Vabadussoja_Ajaloo_Komitee, lk 14
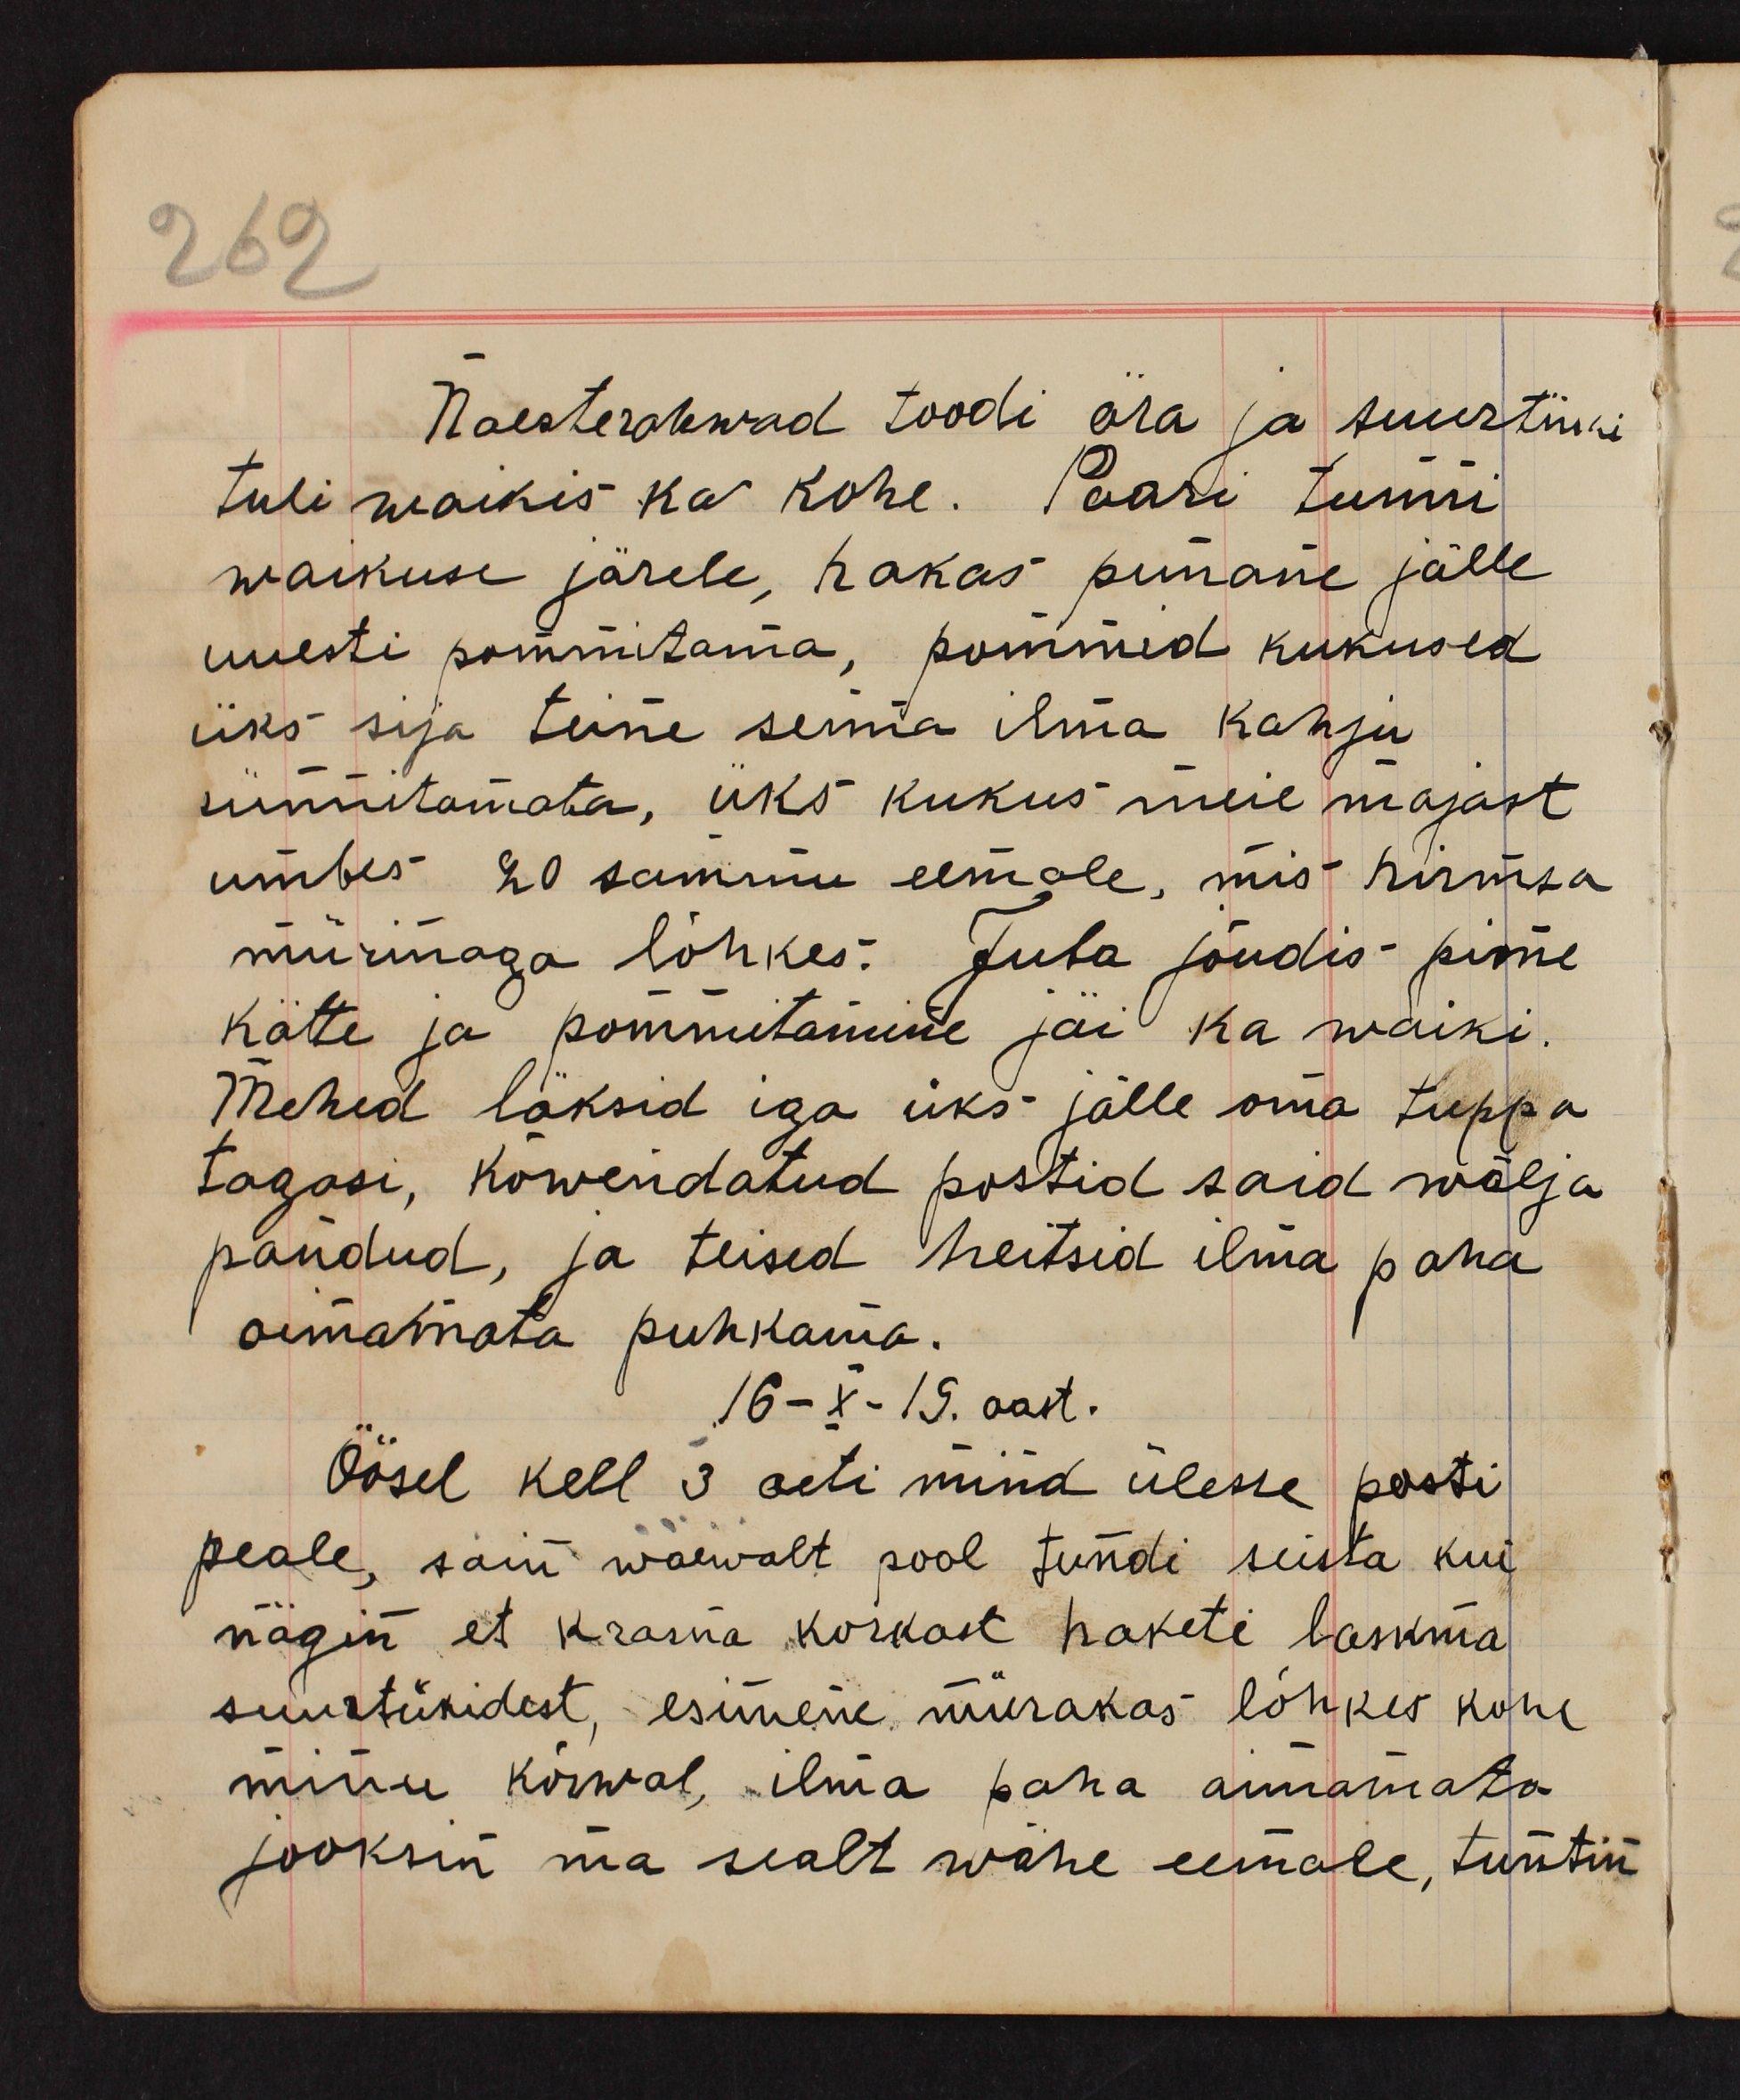
Naesterahwad toodi ära ja suurtüki
tuli waikis ka kohe. Paari tunni
waikuse järele, hakas punane jälle
uuesti pommitama, pommid kukusid
üks sija teine senna ilma kahju
sünnitamata, üks kukus meie majast
umbes 20 sammu eemale, mis hirmsa
mürinaga lõhkes; Juba jõudis pime
kätte ja pommitamine jäi ka waiki.
Mehed läksid iga üks jälle oma tuppa
tagasi, kõwendatud postid said wälja
pandud, ja teised heitsid ilma paha
aimamata puhkama.
16-X-19. aast.
Öösel kell 3 aeti mind ülesse posti
peale, sain waewalt pool tundi seista kui
nägin et Krasna Korkast hakati laskma
suurtükidest, esimene mürakas lõhkes kohe
minu kõrwal, ilma paha aimamata
jooksin ma sealt wähe eemale, tuntsin